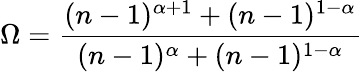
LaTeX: \Omega=\frac{(n-1)^{\alpha+1}+(n-1)^{1-\alpha}}{(n-1)^{\alpha}+(n-1)^{1-\alpha}}